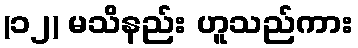
(၁၂) မသိနည်း ဟူသည်ကား